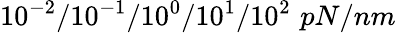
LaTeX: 10^{-2}/10^{-1}/10^{0}/10^{1}/10^{2}\, \, pN/nm